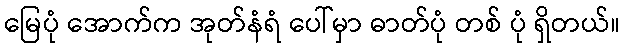
မြေပုံ အောက်က အုတ်နံရံ ပေါ်မှာ ဓာတ်ပုံ တစ် ပုံ ရှိတယ်။